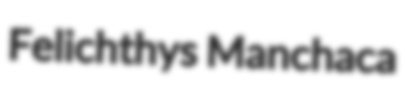
Felichthys Manchaca